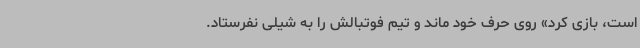
است، بازی کرد» روی حرف خود ماند و تیم فوتبالش را به شیلی نفرستاد.